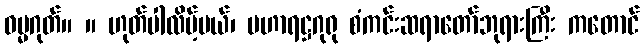
ဓမ္မဂုတ်။ ။ ဟုတ်ပါလိမ့်မယ်၊ မဟာရဋ္ဌဂုရု စံကင်းဆရာတော်ဘုရားကြီး ကတောင်